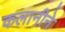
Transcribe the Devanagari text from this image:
कलानीने